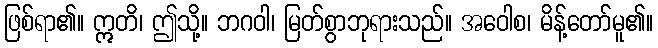
ဖြစ်ရာ၏။ ဣတိ၊ ဤသို့။ ဘဂဝါ၊ မြတ်စွာဘုရားသည်။ အဝေါစ၊ မိန့်တော်မူ၏။